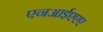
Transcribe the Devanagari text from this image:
एनआईएएए